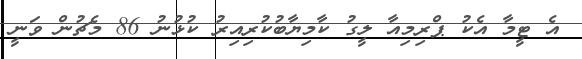
އެ ޓީމާ އެކު ޕްރިމިއާ ލީގު ކާމިޔާބުކުރިއިރު ކުޅުނު 86 މެޗުން ވަނީ